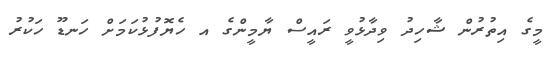
މީގެ އިތުރުން ޝާހިދު ވިދާޅުވީ ރައީސް ޔާމީންގެ އ ހެޔޮފުޅުކަމަށް ހަނޑޫ ހަކުރު